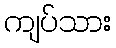
ကျပ်သား